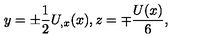
y = \pm \frac { 1 } { 2 } U _ { , x } ( x ) , z = \mp \frac { U ( x ) } { 6 } ,